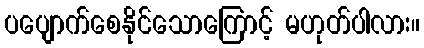
ပပျောက်စေနိုင်သောကြောင့် မဟုတ်ပါလား။